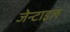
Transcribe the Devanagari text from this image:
जेन्टाइल